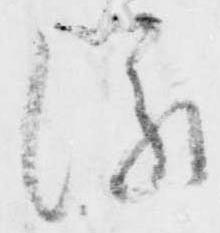
縁